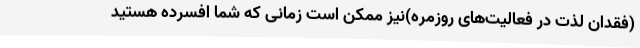
(فقدان لذت در فعالیت‌های روزمره)نیز ممکن است زمانی که شما افسرده هستید